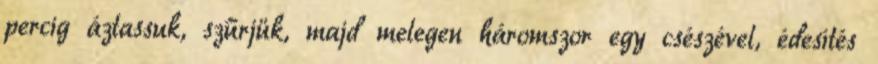
percig áztassuk, szűrjük, majd melegen háromszor egy csészével, édesítés